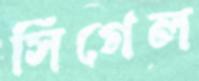
সিগেল